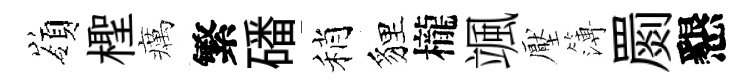
嶺檉癘繁磻稍貍櫳颯壓簿罽懇